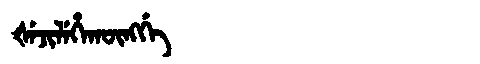
Manchu: ᡧᡝᠵᡳᠯᡝᡥᠠᡴᡡᠩᡤᡝ
Romanization: ŠEJILEHAKŪNGGE